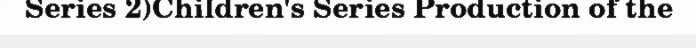
Series 2)Children's Series Production of the